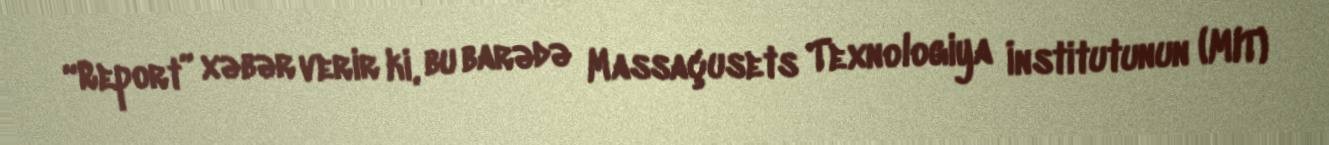
“Report” xəbər verir ki, bu barədə Massaçusets Texnologiya İnstitutunun (MIT)